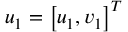
\boldsymbol { u _ { 1 } } = \left[ u _ { 1 } , v _ { 1 } \right] ^ { T }